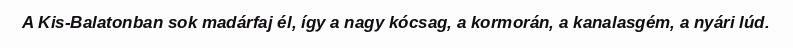
A Kis-Balatonban sok madárfaj él, így a nagy kócsag, a kormorán, a kanalasgém, a nyári lúd.